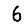
Digit: 6